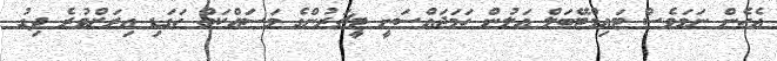
އެހެން ނަމަވެސް ޓައިމްޓޭބަލް އަލުން ހަމަޖައްސަނީ ޓީޗަރުންގެ މަސައްކަތް ހަގަޑި އިރަށްވުރެ ދިގު